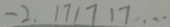
- 2 . 1 7 1 7 1 7 \cdots